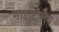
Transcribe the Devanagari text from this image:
माइकोलैव